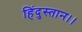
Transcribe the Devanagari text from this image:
हिंदुस्तान।।